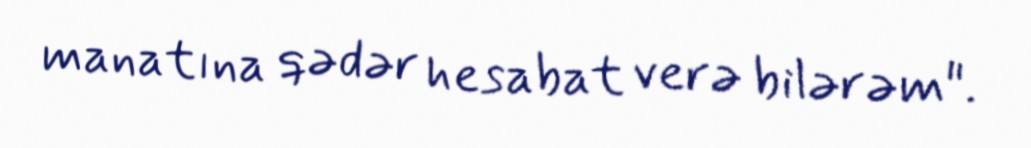
manatına qədər hesabat verə bilərəm".